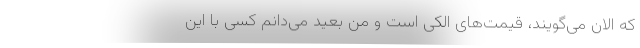
که الان می‌گویند، قیمت‌های الکی است و من بعید می‌دانم کسی با این